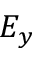
E _ { y }